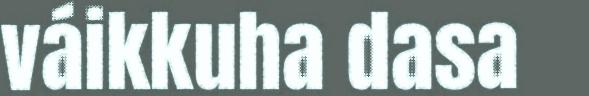
váikkuha dasa